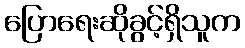
ပြောရေးဆိုခွင့်ရှိသူက